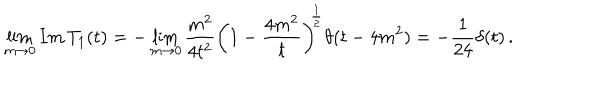
\lim _ { m \rightarrow 0 } I m \, T _ { 1 } ( t ) = - \lim _ { m \rightarrow 0 } \frac { m ^ { 2 } } { 4 t ^ { 2 } } \left( 1 - \frac { 4 m ^ { 2 } } { t } \right) ^ { \frac { 1 } { 2 } } \theta ( t - 4 m ^ { 2 } ) = - \frac { 1 } { 2 4 } \delta ( t ) \, .